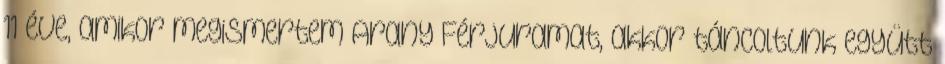
11 éve, amikor megismertem Arany Férjuramat, akkor táncoltunk együtt